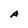
Character: A